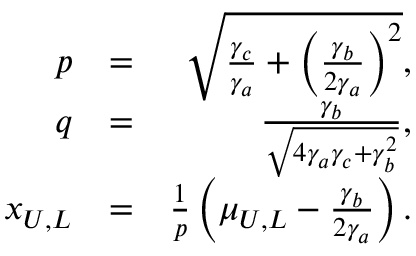
\begin{array} { r l r } { p } & { = } & { \sqrt { \frac { \gamma _ { c } } { \gamma _ { a } } + \left( \frac { \gamma _ { b } } { 2 \gamma _ { a } } \right) ^ { 2 } } , } \\ { q } & { = } & { \frac { \gamma _ { b } } { \sqrt { 4 \gamma _ { a } \gamma _ { c } + \gamma _ { b } ^ { 2 } } } , } \\ { x _ { U , L } } & { = } & { \frac { 1 } { p } \left( \mu _ { U , L } - \frac { \gamma _ { b } } { 2 \gamma _ { a } } \right) . } \end{array}